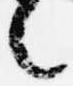
言